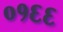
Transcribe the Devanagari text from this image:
०१६६